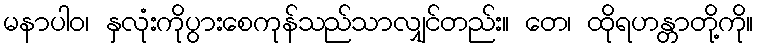
မနာပါဝ၊ နှလုံးကိုပွားစေကုန်သည်သာလျှင်တည်း။ တေ၊ ထိုရဟန္တာတို့ကို။